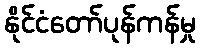
နိုင်ငံတော်ပုန်ကန်မှု